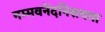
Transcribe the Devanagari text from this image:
नम्मवनेंदनिसयया